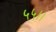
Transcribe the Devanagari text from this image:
५५।।